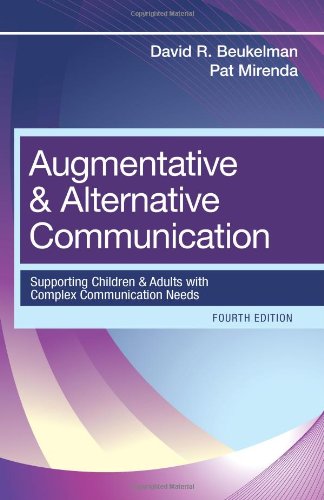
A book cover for Augmentative and Alternative Communication: Supporting Children and Adults with Complex Communication Needs, Fourth Edition; David Beukelman; Medical Books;